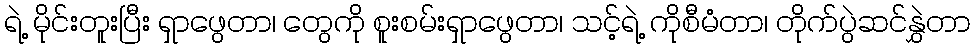
ရဲ့ မိုင်းတူးပြီး ရှာဖွေတာ၊ တွေကို စူးစမ်းရှာဖွေတာ၊ သင့်ရဲ့ ကိုစီမံတာ၊ တိုက်ပွဲဆင်နွှဲတာ